Civil Veterinary Department. Madras. Admin. report 1926-33 - 1926-1933
Year: 1926
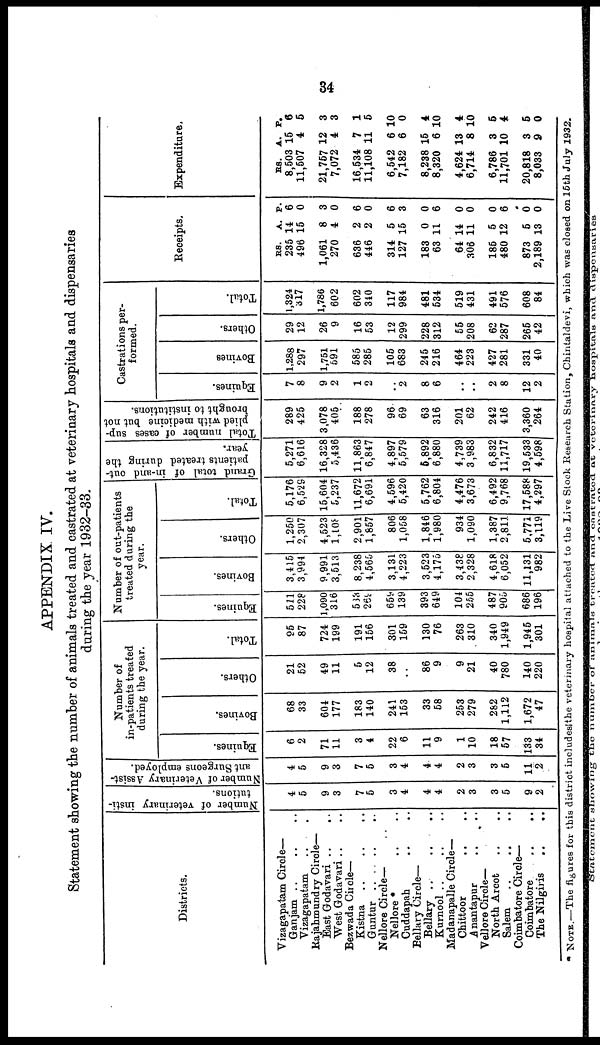
34
APPENDIX. IV.
Statement showing the number of animals treated and castrated at veterinary hospitals and dispensaries
during the year 1932-33.
Districts.
Vizagapatam Circle—
Ganjam .. .. ..
Vizagapatam .. ..
Rajahmundry Circle—
East Godavari .. ..
West Godavari .. ..
Bezwada Circle—
Kistna .. .. ..
Guntur .. .. .. ..
Nellore Circle—
Nellore *
Cuddapah .. ..
Bellary Circle—
Bellary .. .. ..
Kurnool .. .. ..
Madanapalle Circle—
Chittoor .. ..
Anantapur .. ..
Vellore Circle—
North Arcot .. ..
Salem .. .. ..
Coimbatore Circle—
Coimbatore .. ..
The Nilgiris .. ..
Number of veterinary insti-
tutions.
4
5
9
3
7
5
3
4
4
4
2
3
3
5
9
2
Number of Veterinary Assist-
ant Surgeons employed.
4
5
9
3
7
5
3
4
4
4
2
3
3
5
11
2
Number of
in-patients treated
during the year.
Equines.
6
2
71
11
3
4
22
6
11
9
1
10
18
57
133
34
Bovines.
68
33
604
177
183
140
241
153
33
58
253
279
282
1,112
1,672
47
Others.
21
52
49
11
5
12
38
86
9
9
21
40
780
140
220
Total.
95
87
724
199
191
156
301
159
130
76
263
310
340
1,949
1,945
301
Number of out-patients
treated during the
year.
Equines.
521
228
1,090
316
533
269
659
139
393
649
104
255
487
905
686
196
Bovines.
3,415
3,994
9,991
3,513
8,238
4,565
3,131
4,223
3,523
4,175
3,438
2,328
4,618
6,052
11,131
982
Others.
1,250
2,307
4,523
1,108
2,901
1,857
806
1,058
1,846
1,980
934
1,090
1,387
2,811
5,771
3,119
Total.
5,176
6,529
15,604
5,237
11,672
6,691
4,596
5,420
5,762
6,804
4,476
3,673
6,492
9,768
17,588
4,297
Grand total of in-and out-
patients treated during the
year.
5,271
6,616
16,328
5,436
11,863
6,847
4,897
5,579
5,892
6,880
4,739
3,983
6,832
11,717
19,533
4,598
| Total number of cases sup-
plied with medicine but not
brought to institutions.
289
425
3.078
405
188
278
96
69
63
316
201
62
242
416
3,360
264
Castrations per-
formed.
Equines.
7
8
9
2
1
2
..
2
8
6
..
..
2
8
12
2
Bovines
1,288
297
1,751
691
585
285
105
683
245
216
464
223
427
281
331
40
Others.
29
12
26
9
16
53
12
299
228
312
55
208
62
287
265
42
Total.
1,324
317
1,786
602
602
340
117
984
481
534
519
431
491
576
608
84
Receipts.
RS.
235
496
1,061
270
636
446
314
127
183
63
64
306
185
480
873
2,189
A.
14
15
8
4
2
2
5
15
0
11
14
11
5
12
5
13
P.
6
0
3
0
6
0
6
3
0
6
0
0
0
6
0
0
Expenditure.
RS.
8,503
11,507
21,757
7,072
16,534
11,108
6,542
7,182
8,238
8,320
4,624
6,714
6,786
11,701
20,818
8,033
A.
15
4
12
4
7
11
6
6
15
6
13
8
3
10
3
9
P.
6
5
3
3
1
5
10
0
4
10
4
10
5
4
5
0
* NOTE.—The figures for this district includes the veterinary hospital attached to the Live Stock Research Station, Chintaldevi, which was closed on 16th July 1932.